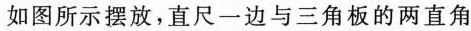
如图所示摆放，直尺一边与三角板的两直角